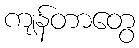
ကျန်တာတွေ